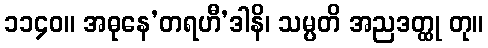
၁၁၄၀။ အဓုနေ’တရဟီ’ဒါနိ၊ သမ္ပတိ အညဒတ္ထု တု။